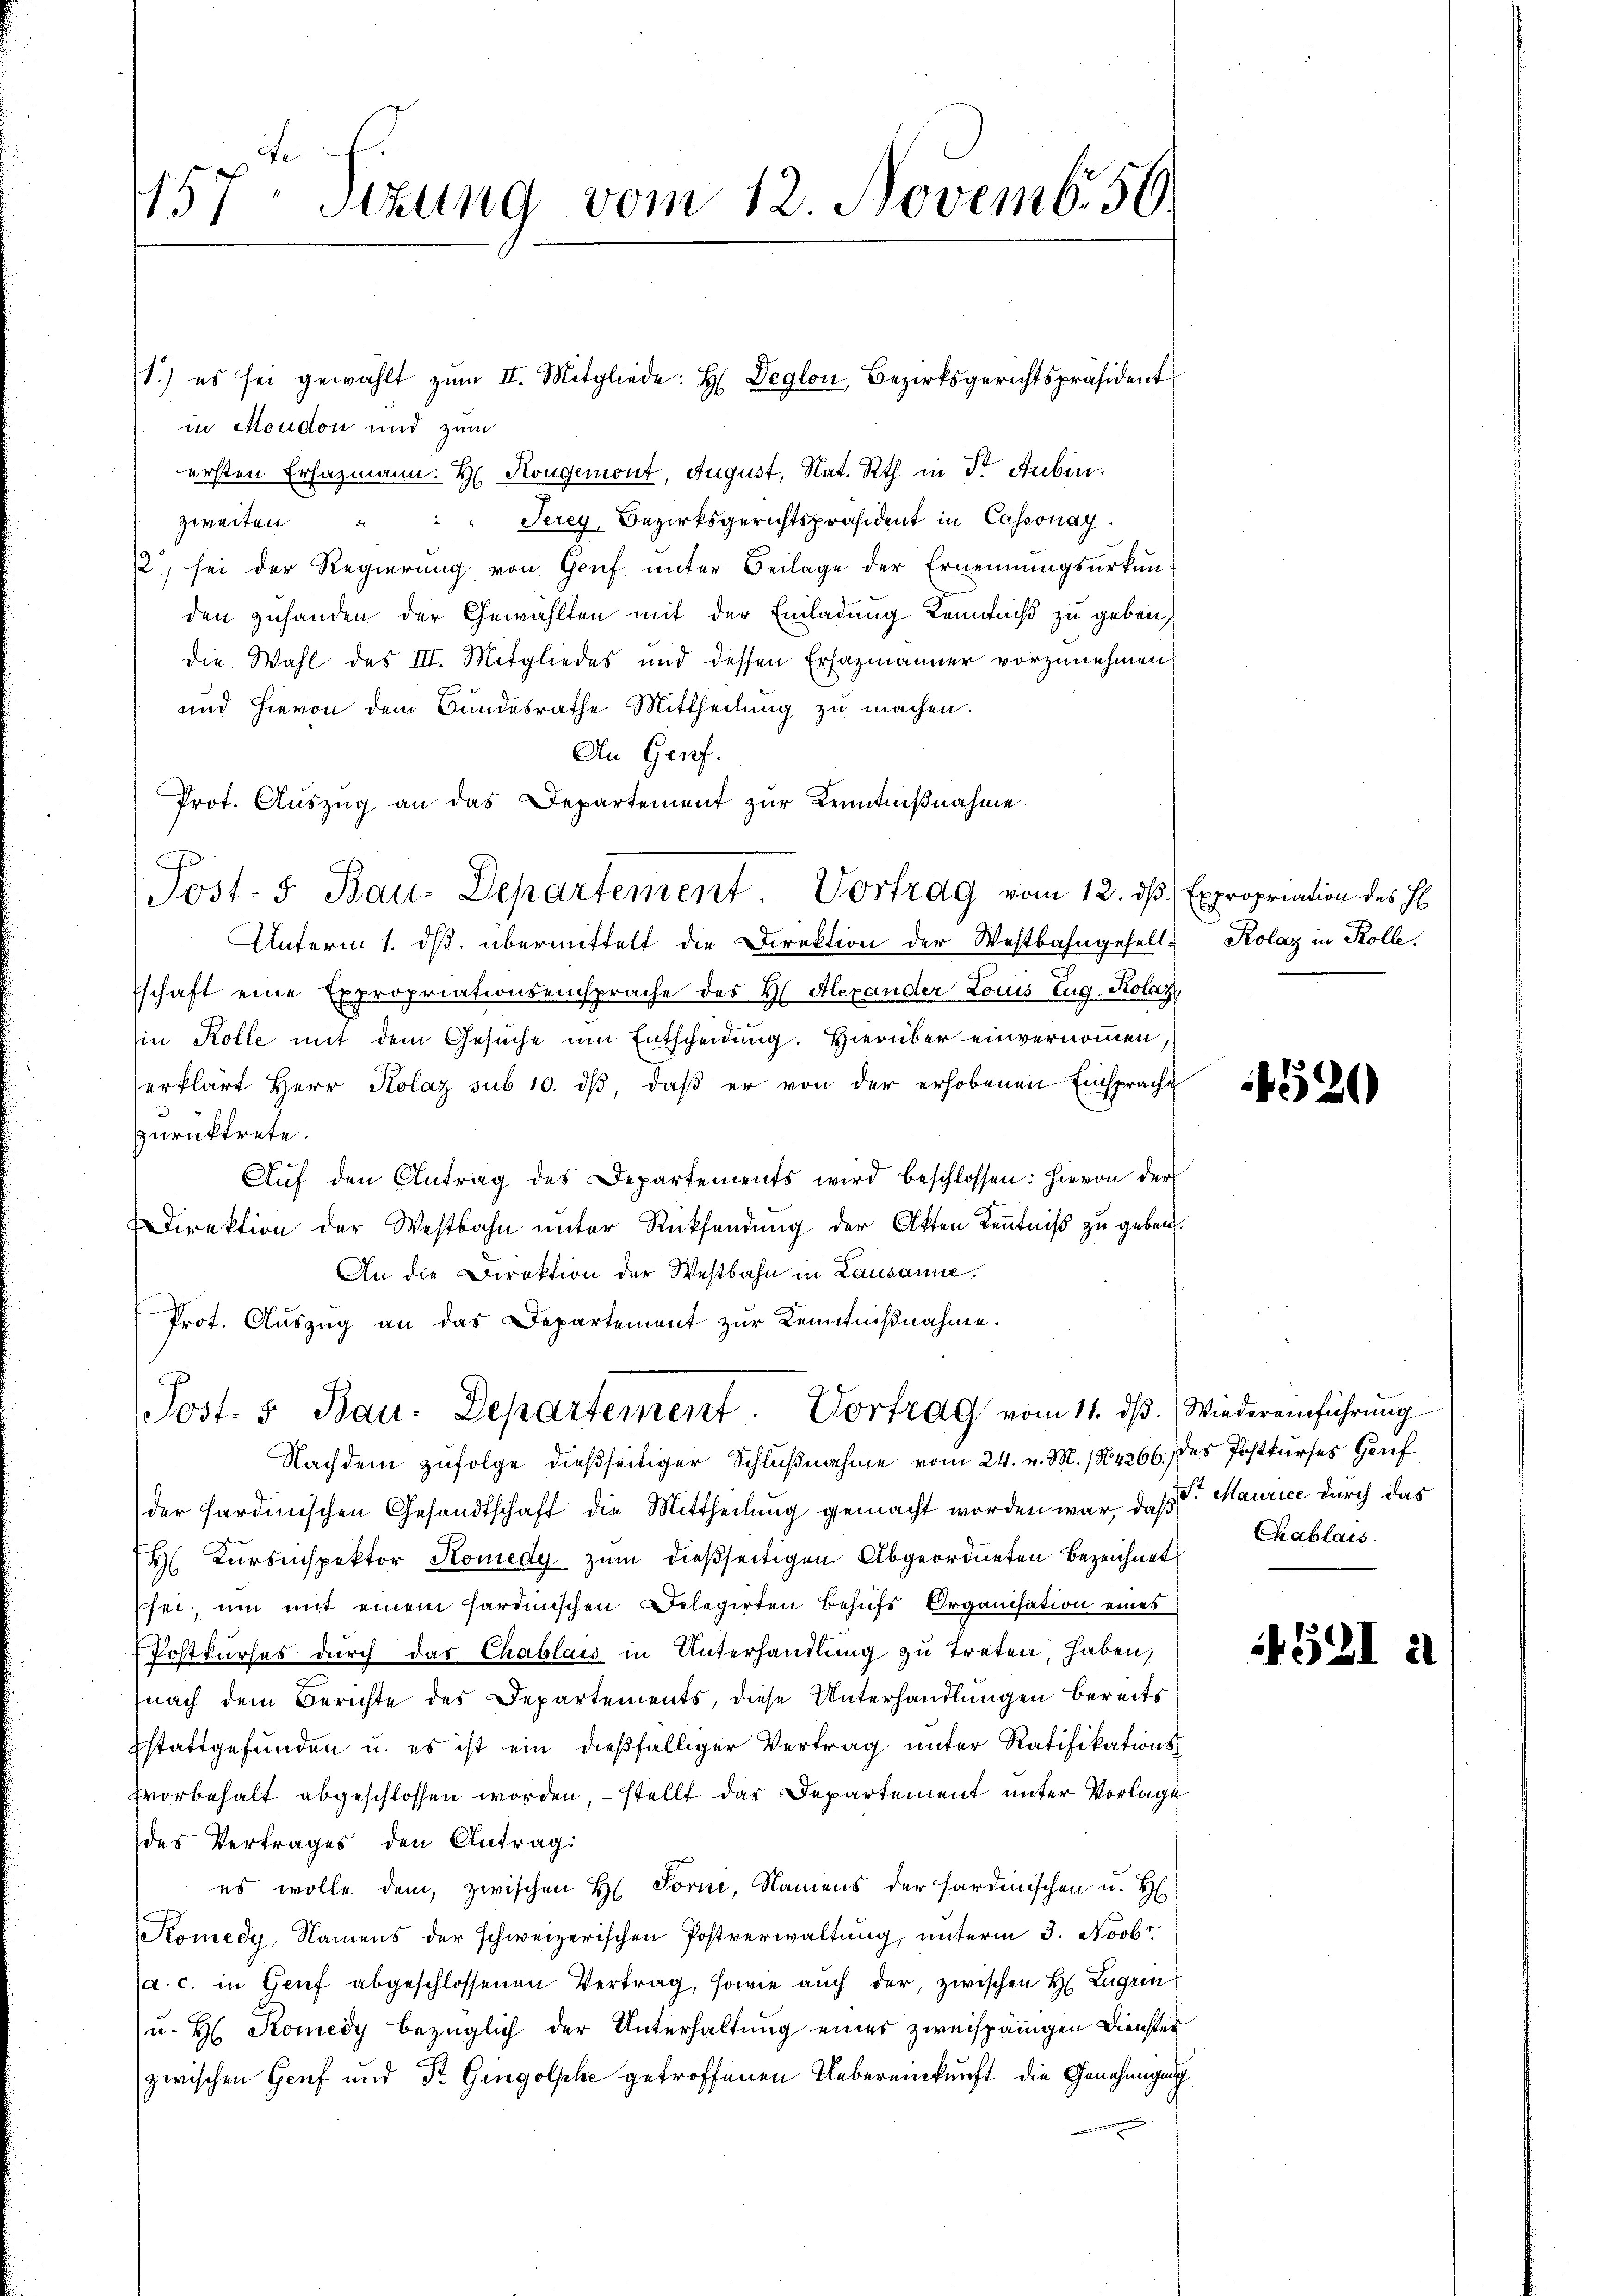
157 Sizung vom 12. Novemb. 50.

in Moudon und zum
ersten Ersazmann. H. Kongemont, August, Nat. Rth in dr. Auben.
zweiten " " " Serey Bezirksgerichtspräsident in Cossonay.
12, sei der Regierung von Genf unter Beilage der Ernennungsurkunden zuhanden der Gewählten mit der Einladung Kenntniß zu geben,
die Wahl des III. Mitgliedes und dessen Ersazmänner vorzunehmen
und hievon dem Bundesrathe Mittheilung zu machen.
An Genf.
Prot. Aŭszŭg an das Departement zŭr Kenntniβnahme.
Unterm 1. ds. übermittelt die Direktion der Westbahngeselle Kolaz in Kolle,
schaft eine Expropriationseinsprache des H Alexander Louis Zug. Kolaz
Ein Kolle mit dem Gesuche um Entscheidung. Hierüber einvernommen,
erklärt Herr Kolaz sub 10. dβ, daß er von der erhobenen Einsprache
.
zurücktrete.
Aŭf den Antrag des Departements wird beschlossen: hievon der
Direktion der Westbahn unter Rücksendung der Akten Kenntniß zu geben.
An die Direktion der Westbahn in Lausanne.
Prot. Aŭszŭg an das Departement zŭr Kenntniβnahme.
Post. 5. Bau. Departement. Vortrag vom 11. ds. Wiedereinführung
Nachdem zufolge dießseitiger Schlußnahme vom 24. v. M. 184266. des Postkurses Genf
der Sardinischen Gesandtschaft die Mittheilung gemacht worden war, daß Maurice durch das
H Kursinspektor Komedy zum dießseitigen Abgeordneten Bezeichnet
sei, um mit einem sardinischen Delegirten behufs Organisation eines
Postkurses durch das Chablais in Unterhandlung zu treten, haben,
nach dem Berichte des Departements, diese Unterhandlungen bereits
Estattgefunden u. es ist ein dießfälliger Vertrag unter Ratifikations-
fvorbehalt abgeschlossen worden, – stellt der Departement unter Vorlage
des Vertrages den Antrag:
es wolle dem, zwischen H. Forne, Namens der sardinischen u. H
Komedy, Namens der schweizerischen Postverwaltung, unterm 3. Novbr.
a. c. in Grief abgeschlossenen Vertrag, sowie auch der, zwischen H. Lugein
u. H. Komedy bezüglich der Unterhaltung eines zweispänigen Dienster
zwischen Genf und Dr. Gingolphe getroffenen Uebereinkunft die Genehmigung

1.) es sei gewählt zŭm II. Mitgliede: H. Deglon, Bezirksgerichtspräsident

Post. S. Bau-Departement. Vortrag vom 12. ds Expropriation des H

4520

Chablais.

4591 a